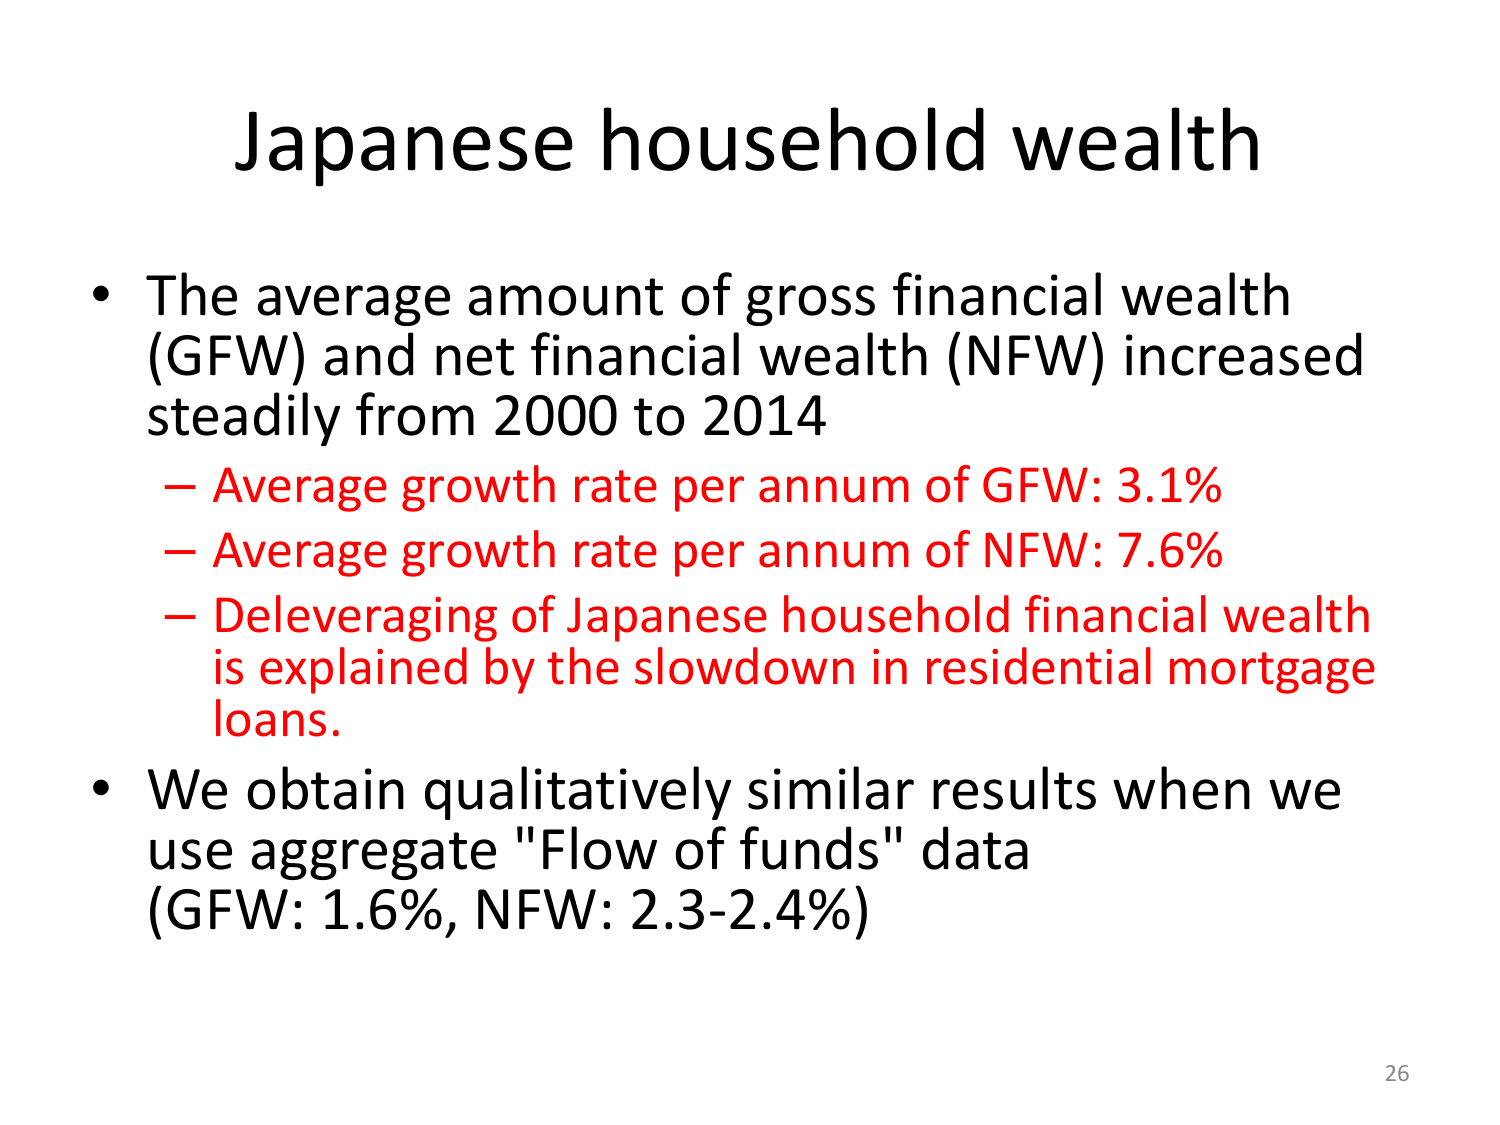
Japanese household wealth

• The average amount of gross financial wealth (GFW) and net financial wealth (NFW) increased steadily from 2000 to 2014
– Average growth rate per annum of GFW: 3.1%
– Average growth rate per annum of NFW: 7.6%
– Deleveraging of Japanese household financial wealth is explained by the slowdown in residential mortgage loans.

• We obtain qualitatively similar results when we use aggregate "Flow of funds" data (GFW: 1.6%, NFW: 2.3-2.4%)

26